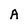
Character: A